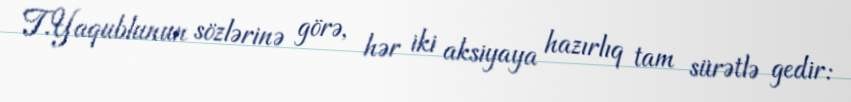
T.Yaqublunun sözlərinə görə, hər iki aksiyaya hazırlıq tam sürətlə gedir: